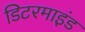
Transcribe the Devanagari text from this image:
डिटरमाइंड